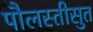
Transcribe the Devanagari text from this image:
पौलस्तीसुत